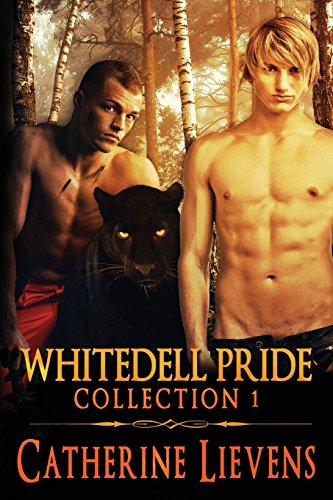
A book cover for Whitedell Pride Collection 1; Catherine Lievens; Romance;